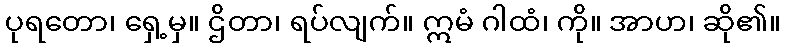
ပုရတော၊ ရှေ့မှ။ ဌိတာ၊ ရပ်လျက်။ ဣမံ ဂါထံ၊ ကို။ အာဟ၊ ဆို၏။